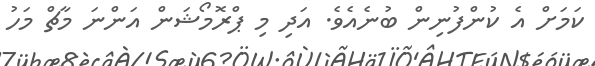
ކަމަށް އެ ކުންފުނިން ބުނެއެވެ. އަދި މި ޕްރޮމޯޝަން އަންނަ މާޗް މަހު